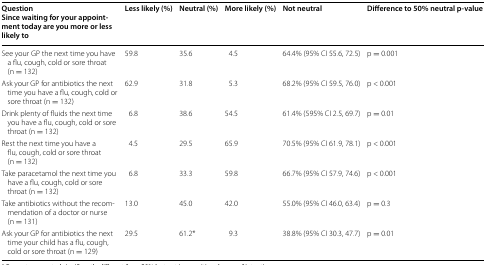
<table><thead><tr><td><b>QuestionSince waiting for your appointment today are you more or less likely to</b></td><td><b>Less likely (%)</b></td><td><b>Neutral (%)</b></td><td><b>More likely (%)</b></td><td><b>Not neutral</b></td><td><b>Difference to 50% neutral p-value</b></td></tr></thead><tbody><tr><td>See your GP the next time you have a flu, cough, cold or sore throat (n = 132)</td><td>59.8</td><td>35.6</td><td>4.5</td><td>64.4% (95% CI 55.6, 72.5)</td><td>p = 0.001</td></tr><tr><td>Ask your GP for antibiotics the next time you have a flu, cough, cold or sore throat (n = 132)</td><td>62.9</td><td>31.8</td><td>5.3</td><td>68.2% (95% CI 59.5, 76.0)</td><td>p &lt; 0.001</td></tr><tr><td>Drink plenty of fluids the next time you have a flu, cough, cold or sore throat (n = 132)</td><td>6.8</td><td>38.6</td><td>54.5</td><td>61.4% (595% CI 2.5, 69.7)</td><td>p = 0.01</td></tr><tr><td>Rest the next time you have a flu, cough, cold or sore throat (n = 132)</td><td>4.5</td><td>29.5</td><td>65.9</td><td>70.5% (95% CI 61.9, 78.1)</td><td>p &lt; 0.001</td></tr><tr><td>Take paracetamol the next time you have a flu, cough, cold or sore throat (n = 132)</td><td>6.8</td><td>33.3</td><td>59.8</td><td>66.7% (95% CI 57.9, 74.6)</td><td>p &lt; 0.001</td></tr><tr><td>Take antibiotics without the recommendation of a doctor or nurse (n = 131)</td><td>13.0</td><td>45.0</td><td>42.0</td><td>55.0% (95% CI 46.0, 63.4)</td><td>p = 0.3</td></tr><tr><td>Ask your GP for antibiotics the next time your child has a flu, cough, cold or sore throat (n = 129)</td><td>29.5</td><td>61.2*</td><td>9.3</td><td>38.8% (95% CI 30.3, 47.7)</td><td>p = 0.01</td></tr></tbody></table>